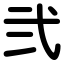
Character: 弐